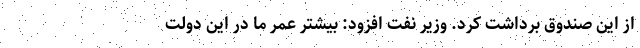
از این صندوق برداشت کرد. وزیر نفت افزود: بیشتر عمر ما در این دولت